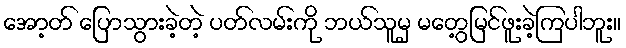
အော့တ် ပြောသွားခဲ့တဲ့ ပတ်လမ်းကို ဘယ်သူမှ မတွေ့မြင်ဖူးခဲ့ကြပါဘူး။